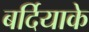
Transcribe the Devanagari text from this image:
बर्दियाके